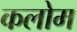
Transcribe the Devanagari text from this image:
कलोम